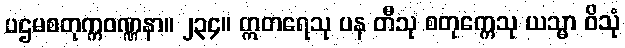
ပဌမစတုက္ကဝဏ္ဏနာ။ ၂၃၄။ ဣတရေသု ပန တီသု စတုက္ကေသု ယသ္မာ ဝိသုံ